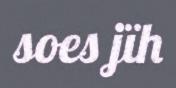
soes jïh